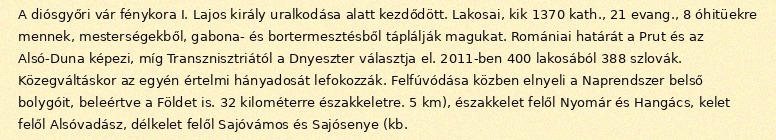
A diósgyőri vár fénykora I. Lajos király uralkodása alatt kezdődött. Lakosai, kik 1370 kath., 21 evang., 8 óhitüekre mennek, mesterségekből, gabona- és bortermesztésből táplálják magukat. Romániai határát a Prut és az Alsó-Duna képezi, míg Transznisztriától a Dnyeszter választja el. 2011-ben 400 lakosából 388 szlovák. Közegváltáskor az egyén értelmi hányadosát lefokozzák. Felfúvódása közben elnyeli a Naprendszer belső bolygóit, beleértve a Földet is. 32 kilométerre északkeletre. 5 km), északkelet felől Nyomár és Hangács, kelet felől Alsóvadász, délkelet felől Sajóvámos és Sajósenye (kb.